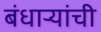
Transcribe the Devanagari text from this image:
बंधाऱ्यांची